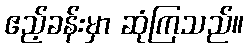
ဧည့်ခန်းမှာ ဆုံကြသည်။